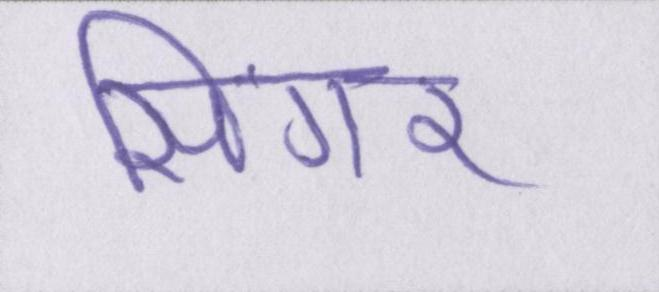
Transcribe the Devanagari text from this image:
सिंगर